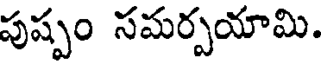
పుష్పం సమర్పయామి.